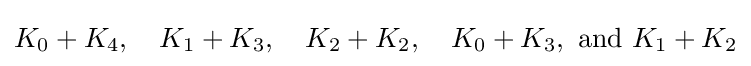
K_{0}+K_{4},\quad K_{1}+K_{3},\quad K_{2}+K_{2},\quad K_{0}+K_{3},{\text{ and }}K_{1}+K_{2}